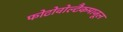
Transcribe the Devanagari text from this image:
फोटोवोल्टैकमाजूल